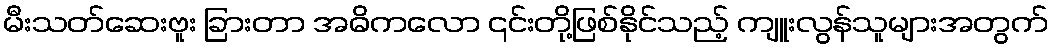
မီးသတ်ဆေးဗူး ခြားတာ အဓိကလော ၎င်းတို့ဖြစ်နိုင်သည့် ကျူးလွန်သူများအတွက်